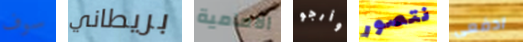
سوف بريطاني الامامية وأرجو نتصور ادفعي